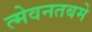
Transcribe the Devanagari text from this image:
त्मेवनतबमे